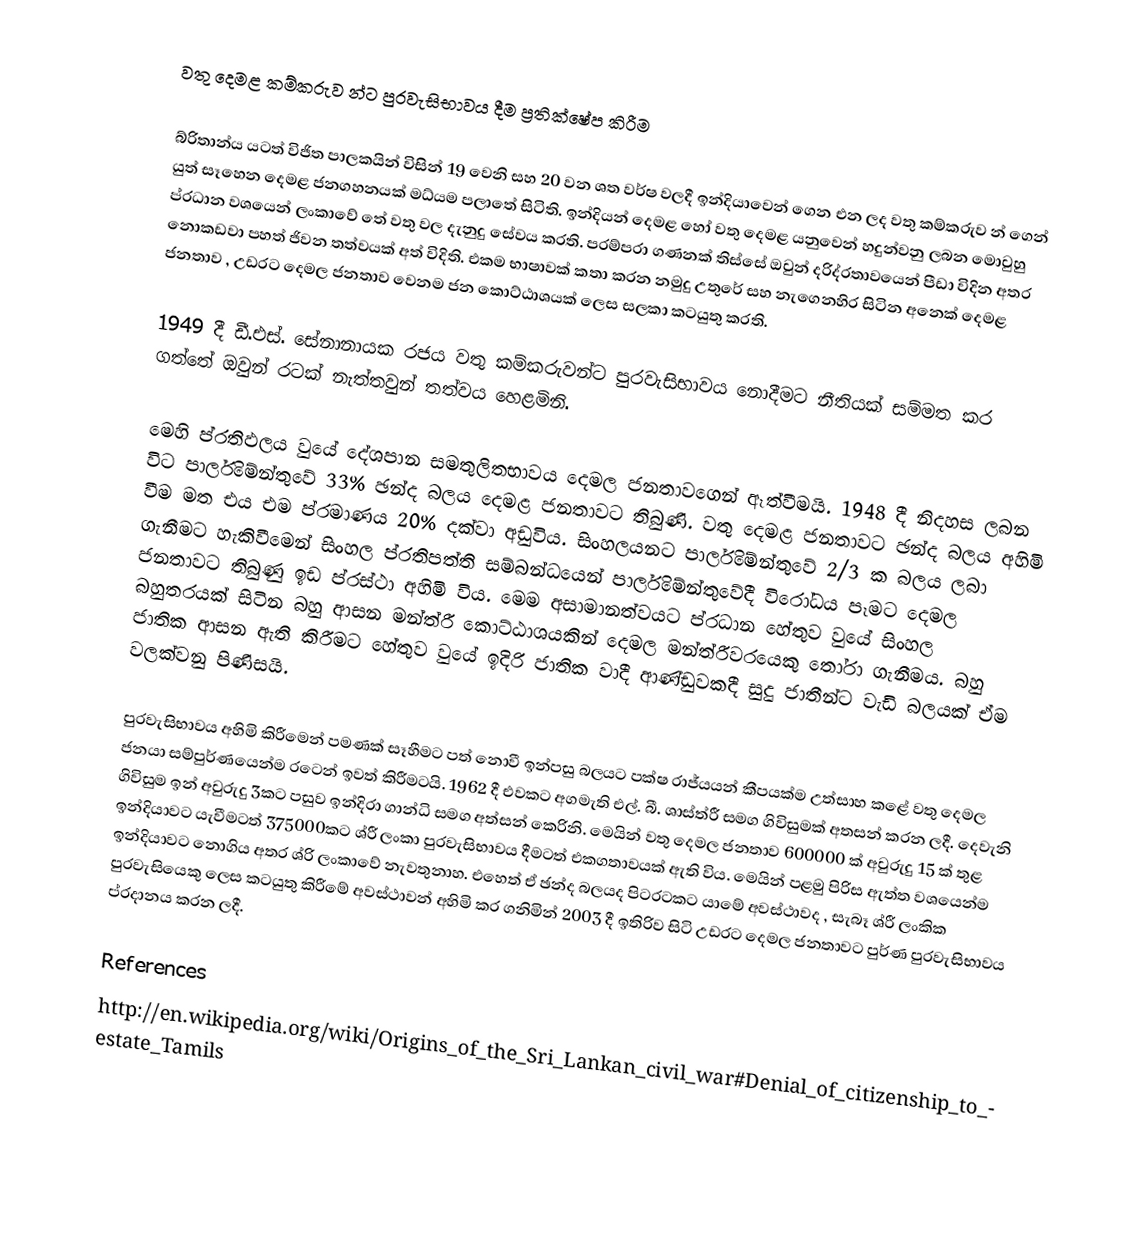
වතු දෙමළ කම්කරුව න්ට පුරවැසිභාවය දීම ප්‍රතික්ෂේප කිරීම

බ්රිතාන්ය යටත් විජිත පාලකයින් විසින් 19 වෙනි සහ 20 වන ශත වර්ෂ වලදී ඉන්දියාවෙන් ගෙන  එන ලද වතු කම්කරුව න් ගෙන් යුත් සෑහෙන දෙමළ ජනගහනයක් මධ්යම පලාතේ සිටිති. ඉන්දියන් දෙමළ හෝ වතු දෙමළ යනුවෙන් හදුන්වනු ලබන මොවුහු ප්රධාන වශයෙන් ලංකාවේ තේ වතු වල දැනුදු සේවය කරති. පරම්පරා ගණනක් තිස්සේ ඔවුන් දරිද්රතාවයෙන් පීඩා විදින අතර නොකඩවා පහත් ජිවන තත්වයක් අත් විදිති. එකම භාෂාවක් කතා කරන නමුදු උතුරේ සහ නැගෙනහිර සිටින අනෙක්  දෙමළ ජනතාව , උඩරට දෙමල ජනතාව වෙනම ජන කොට්ඨාශයක් ලෙස සලකා කටයුතු කරති.

1949 දී ඩී.එස්. සේනානායක රජය වතු කම්කරුවන්ට පුරවැසිභාවය නොදීමට  නීතියක් සම්මත කර ගත්තේ ඔවුන් රටක් නැත්තවුන් තත්වය හෙළමිනි.

මෙහි ප්රතිඵලය වුයේ දේශපාන සමතුලිතභාවය දෙමල ජනතාවගෙන් ඈත්වීමයි.  1948 දී නිදහස ලබන විට පාර්ලිමේන්තුවේ 33% ඡන්ද බලය දෙමළ ජනතාවට තිබුණි. වතු දෙමළ ජනතාවට  ඡන්ද බලය අහිමි වීම මත එය එම ප්රමාණය 20% දක්වා අඩුවිය.  සිංහලයනට පාර්ලිමේන්තුවේ 2/3 ක බලය ලබා ගැනීමට හැකිවීමෙන් සිංහල ප්රතිපත්ති සම්බන්ධයෙන් පාර්ලිමේන්තුවේදී විරෝධය පෑමට දෙමල ජනතාවට තිබුණු ඉඩ ප්රස්ථා අහිමි විය. මෙම අසාමානත්වයට ප්රධාන හේතුව වුයේ සිංහල බහුතරයක් සිටින බහු ආසන මන්ත්රී කොට්ඨාශයකින් දෙමල මන්ත්රීවරයෙකු තෝරා ගැනීමය. බහු ජාතික ආසන ඇති කිරීමට හේතුව වුයේ ඉදිරි ජාතික වාදී ආණ්ඩුවකදී සුදු ජාතීන්ට වැඩි බලයක් ඒම වලක්වනු පිණිසයි.

පුරවැසිභාවය අහිමි කිරීමෙන් පමණක් සෑහීමට පත් නොවී ඉන්පසු බලයට පක්ෂ රාජ්යයන් කීපයක්ම උත්සාහ කළේ වතු දෙමල ජනයා සම්පුර්ණයෙන්ම  රටෙන්  ඉවත් කිරීමටයි. 1962 දී එවකට අගමැති එල්. බී. ශාස්ත්රී සමග ගිවිසුමක් අතසන් කරන ලදී.  දෙවැනි ගිවිසුම ඉන් අවුරුදු 3කට පසුව ඉන්දිරා ගාන්ධි සමග අත්සන්  කෙරිනි. මෙයින් වතු දෙමල ජනතාව 600000 ක් අවුරුදු 15 ක් තුළ ඉන්දියාවට යැවීමටත් 375000කට ශ්රී ලංකා පුරවැසිභාවය දීමටත් එකගතාවයක් ඇති විය. මෙයින් පළමු පිරිස ඇත්ත වශයෙන්ම ඉන්දියාවට නොගිය අතර ශ්රි ලංකාවේ නැවතුනාහ. එහෙත් ඒ ඡන්ද බලයද පිටරටකට යාමේ අවස්ථාවද , සැබෑ ශ්රී ලංකික පුරවැසියෙකු ලෙස කටයුතු කිරීමේ අවස්ථාවන් අහිමි කර ගනිමින් 2003 දී ඉතිරිව සිටි උඩරට දෙමල ජනතාවට පුර්ණ පුරවැසිභාවය ප්රදානය කරන ලදී.

References
http://en.wikipedia.org/wiki/Origins_of_the_Sri_Lankan_civil_war#Denial_of_citizenship_to_estate_Tamils